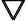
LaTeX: \pmb{\bigtriangledown}